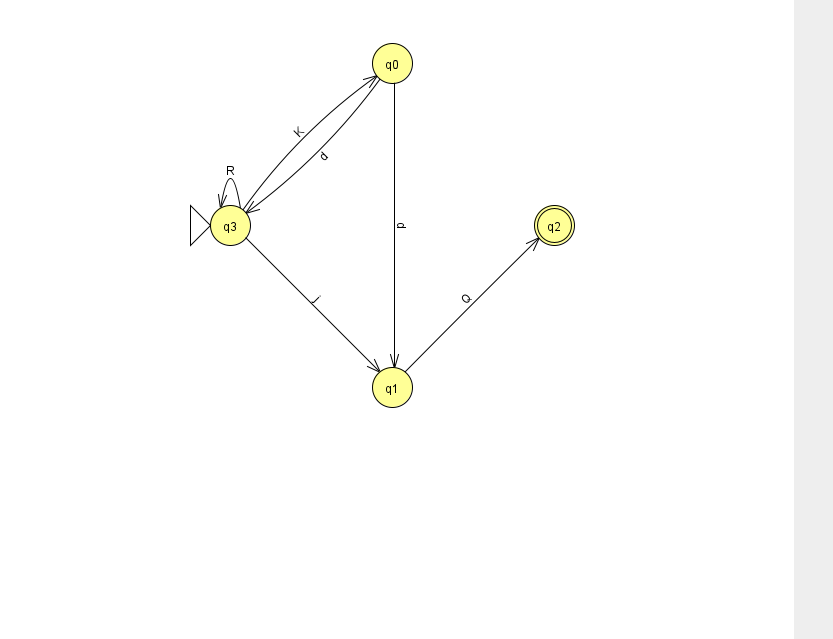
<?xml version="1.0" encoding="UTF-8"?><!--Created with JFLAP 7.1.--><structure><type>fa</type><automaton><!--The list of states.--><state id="0" name="q0"><x>392.0</x><y>50.0</y></state><state id="1" name="q1"><x>392.0</x><y>374.0</y></state><state id="2" name="q2"><x>554.0</x><y>212.0</y><final/></state><state id="3" name="q3"><x>230.0</x><y>212.0</y><initial/></state><!--The list of transitions.--><transition><from>3</from><to>3</to><read>R</read></transition><transition><from>3</from><to>0</to><read>K</read></transition><transition><from>0</from><to>3</to><read>d</read></transition><transition><from>0</from><to>1</to><read>d</read></transition><transition><from>1</from><to>2</to><read>Q</read></transition><transition><from>3</from><to>1</to><read>j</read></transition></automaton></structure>